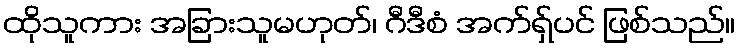
ထိုသူကား အခြားသူမဟုတ်၊ ဂီဒီစံ အက်ရှ်ပင် ဖြစ်သည်။